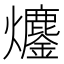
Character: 𤓍